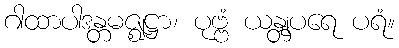
ဂါထာပါဒန္တမဇ္ဈဋ္ဌာ၊ ပုဗ္ဗံ ယန္တျပရေ ပရံ။